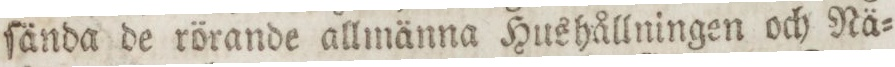
ſända de rörande allmänna Hushållningen och Nä=